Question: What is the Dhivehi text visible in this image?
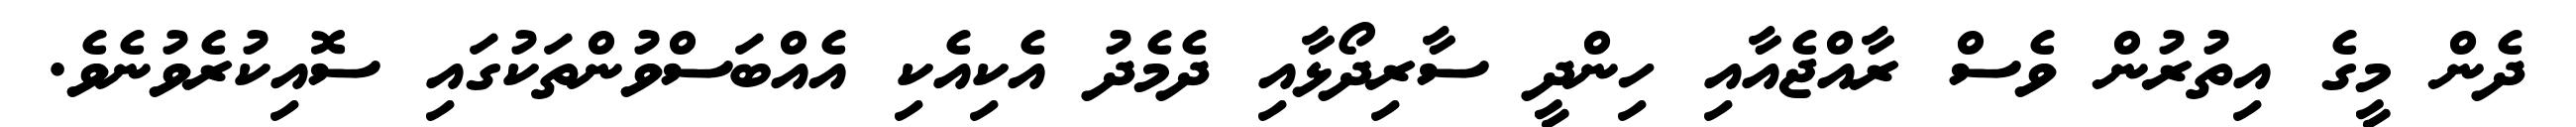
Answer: ދެން މީގެ އިތުރުން ވެސް ރާއްޖެއާއި ހިންދީ ސާރިދޯޅާއި ދެމެދު އެކިއެކި އެއްބަސްވުންތަކުގައި ސޮއިކުރެވުނެވެ.